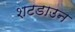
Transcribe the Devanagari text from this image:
शटडाउन